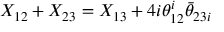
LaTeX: { \cal X } _ { 1 2 } + { \cal X } _ { 2 3 } = { \cal X } _ { 1 3 } + 4 i \theta _ { 1 2 } ^ { i } \bar { \theta } _ { 2 3 i }